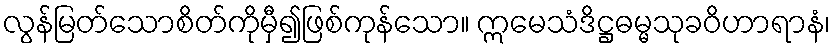
လွန်မြတ်သောစိတ်ကိုမှီ၍ဖြစ်ကုန်သော။ ဣမေသံဒိဋ္ဌဓမ္မသုခဝိဟာရာနံ၊